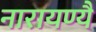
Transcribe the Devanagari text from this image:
नारायण्यै